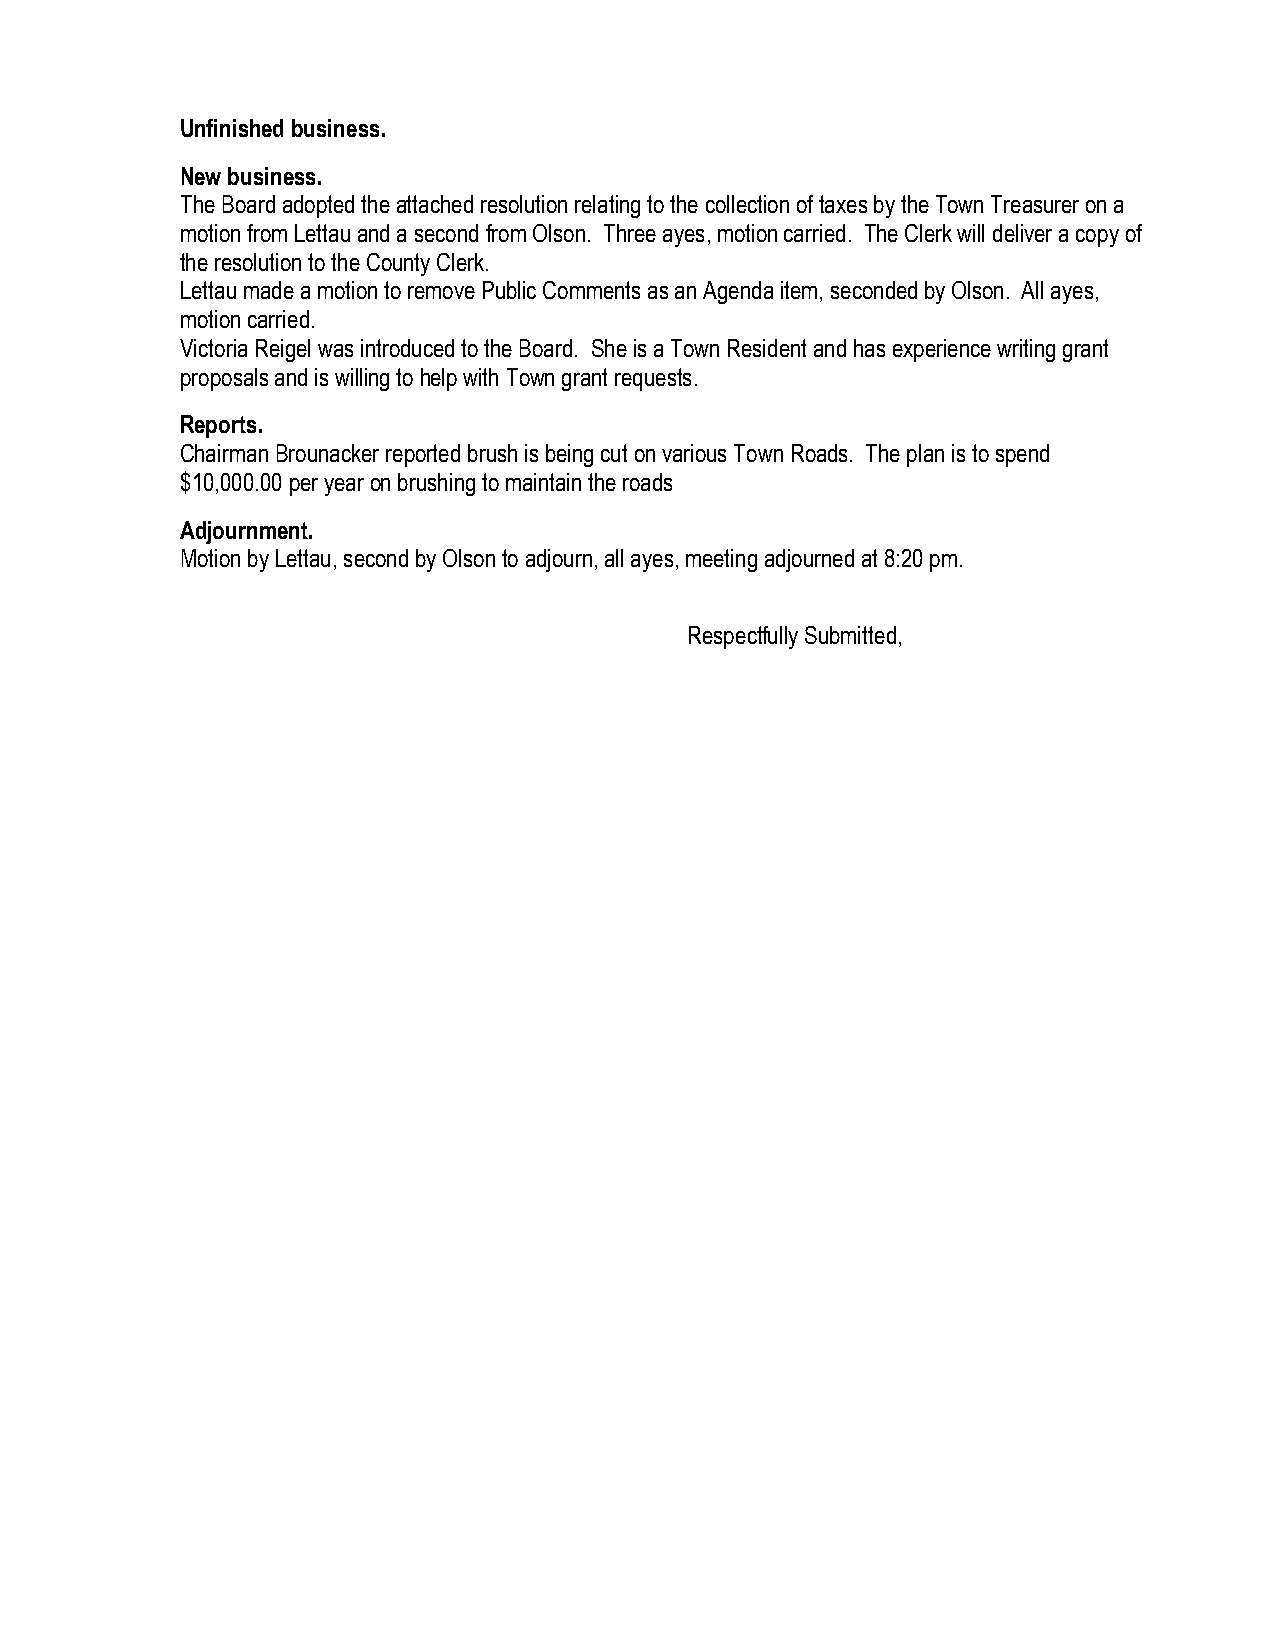
Unfinished business.
 New business.
 The Board adopted the attached resolution relating to the collection of taxes by the Town Treasurer on a
 motion from Lettau and a second from Olson. Three ayes, motion carried. The Clerk will deliver a copy of
 the resolution to the County Clerk.
 Lettau made a motion to remove Public Comments as an Agenda item, seconded by Olson. All ayes,
 motion carried.
 Victoria Reigel was introduced to the Board. She is a Town Resident and has experience writing grant
 proposals and is willing to help with Town grant requests.
 Reports.
 Chairman Brounacker reported brush is being cut on various Town Roads. The plan is to spend
 $10,000.00 per year on brushing to maintain the roads
 Adjournment.
 Motion by Lettau, second by Olson to adjourn, all ayes, meeting adjourned at 8:20 pm.
 Respectfully Submitted,